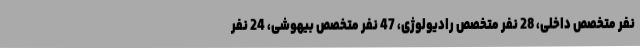
نفر متخصص داخلی، 28 نفر متخصص رادیولوژی، 47 نفر متخصص بیهوشی، 24 نفر